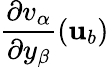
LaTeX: \frac{\partial v_{\alpha}}{\partial y_{\beta}}({\mathbf{u}}_{b})